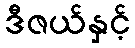
ဒီဇယ်နှင့်